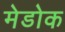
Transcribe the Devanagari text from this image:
मेडोक